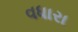
વધારા